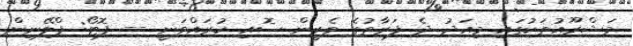
މަޝްރޫއުތަކުގައި މިއަދު ދެ ފަރާތުގެ ވެރީން ސޮއި ކުރައްވަނީ -- ފޮޓޯ: ޕްލޭނިން